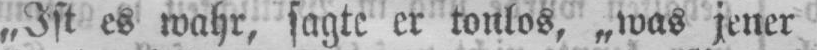
„Ist es wahr, sagte er tonlos, „was jener